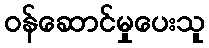
ဝန်ဆောင်မှုပေးသူ